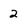
Character: 2